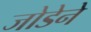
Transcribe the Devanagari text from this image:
जोडेने